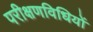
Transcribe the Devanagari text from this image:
परीक्षणविधियों